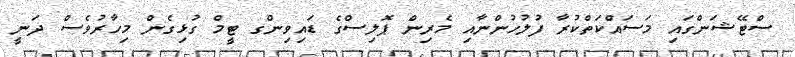
ސްޓޭޝަންގައި މަސައްކަތްކުރާ ފުލުހުންނާއި މެރިން ޕޮލިސްގެ ޑައިވިންގ ޓީމް ގުޅިގެން މިހާރުވެސް ދަނީ